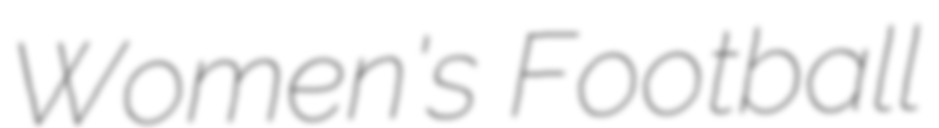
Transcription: Women's Football